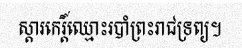
ស្តារកេរ្តិ៍ឈ្មោះរបាំព្រះរាជទ្រព្យ។